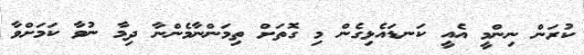
ކުރަން ނިންމީ އެއީ ކަނޑައެޅިގެން މި ގޮތަށް ތިމަންނާމެންނާ ދިމާ ނުވާ ކަމަށްވާ